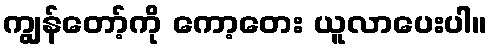
ကျွန်တော့်ကို ကော့တေး ယူလာပေးပါ။